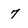
Character: 7